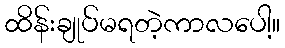
ထိန်းချုပ်မရတဲ့ကာလပေါ့။